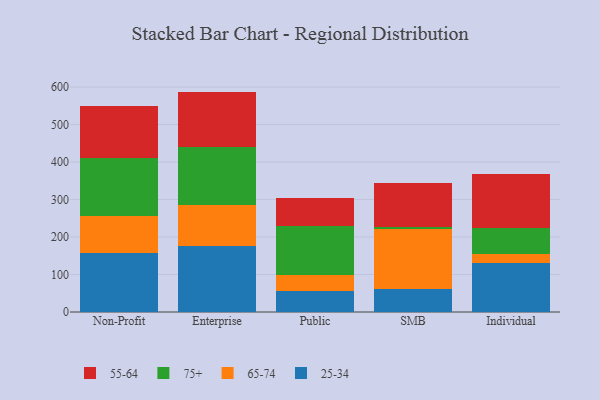
{"axis": {"x": "Segment", "y": "Customer Acquisition Cost (USD)"}, "legend": ["25-34", "55-64", "65-74", "75+"], "data": [{"x": "Non-Profit", "y": 158.0, "type": "25-34"}, {"x": "Non-Profit", "y": 96.8, "type": "65-74"}, {"x": "Non-Profit", "y": 155.7, "type": "75+"}, {"x": "Non-Profit", "y": 139.0, "type": "55-64"}, {"x": "Enterprise", "y": 175.3, "type": "25-34"}, {"x": "Enterprise", "y": 110.8, "type": "65-74"}, {"x": "Enterprise", "y": 154.1, "type": "75+"}, {"x": "Enterprise", "y": 147.6, "type": "55-64"}, {"x": "Public", "y": 55.2, "type": "25-34"}, {"x": "Public", "y": 44.1, "type": "65-74"}, {"x": "Public", "y": 131.2, "type": "75+"}, {"x": "Public", "y": 72.8, "type": "55-64"}, {"x": "SMB", "y": 61.3, "type": "25-34"}, {"x": "SMB", "y": 159.1, "type": "65-74"}, {"x": "SMB", "y": 5.2, "type": "75+"}, {"x": "SMB", "y": 119.6, "type": "55-64"}, {"x": "Individual", "y": 131.0, "type": "25-34"}, {"x": "Individual", "y": 23.1, "type": "65-74"}, {"x": "Individual", "y": 70.6, "type": "75+"}, {"x": "Individual", "y": 144.2, "type": "55-64"}]}